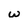
Character: w